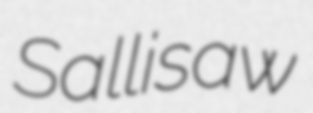
Sallisaw